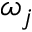
\omega _ { j }